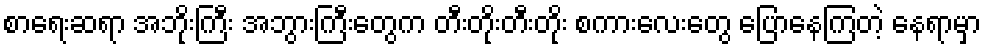
စာရေးဆရာ အဘိုးကြီး အဘွားကြီးတွေက တီးတိုးတီးတိုး စကားလေးတွေ ပြောနေကြတဲ့ နေရာမှာ